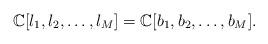
LaTeX: \begin{gather*}\mathbb C[l_1,l_2,\dots,l_M]=\mathbb C[b_1,b_2,\dots,b_M].\end{gather*}